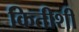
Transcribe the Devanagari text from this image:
कितीशी